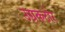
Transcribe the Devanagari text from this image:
उग्रकठोर